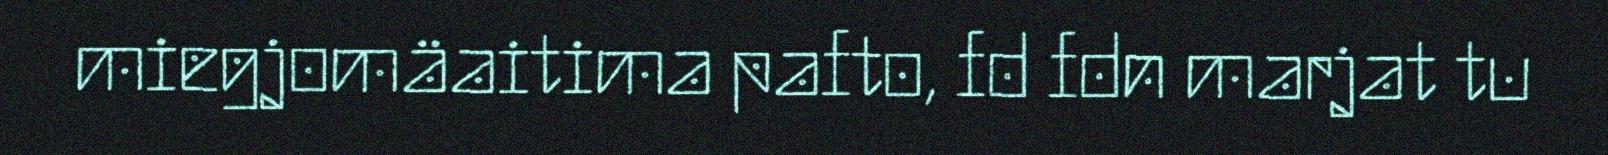
miegjomäaitima pafto, fd fdn marjat tu